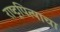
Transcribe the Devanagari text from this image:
राष्ट्रपित्याचा